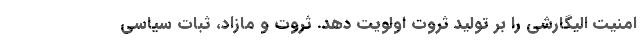
امنیت الیگارشی را بر تولید ثروت اولویت دهد. ثروت و مازاد، ثبات سیاسی